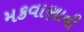
મકવાણાની